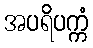
အပရိပက္ကံ